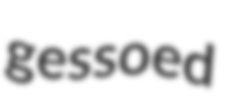
gessoed